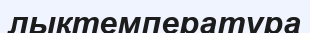
лықтемпература